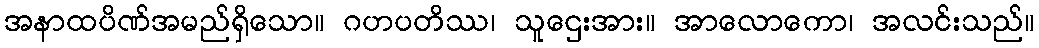
အနာထပိဏ်အမည်ရှိသော။ ဂဟပတိဿ၊ သူဌေးအား။ အာလောကော၊ အလင်းသည်။